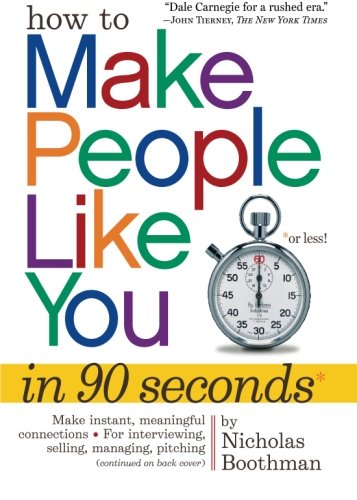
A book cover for How to Make People Like You in 90 Seconds or Less; Nicholas Boothman; Self-Help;